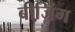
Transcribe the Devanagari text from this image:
बीजि़ंग